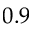
0 . 9